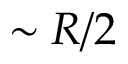
\sim R / 2